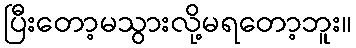
ပြီးတော့မသွားလို့မရတော့ဘူး။